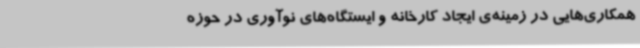
همکاری‌هایی در زمینه‌ی ایجاد کارخانه و ایستگاه‌های نوآوری در حوزه